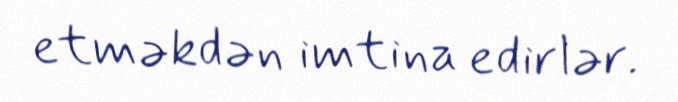
etməkdən imtina edirlər.